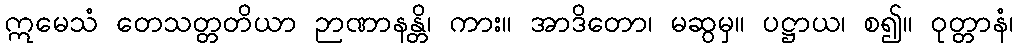
ဣမေသံ တေသတ္တတိယာ ဉာဏာနန္တိ၊ ကား။ အာဒိတော၊ မဆွမှ။ ပဋ္ဌာယ၊ စ၍။ ဝုတ္တာနံ၊